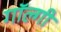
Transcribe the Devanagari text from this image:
गॉल्गी